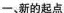
一、新的起点